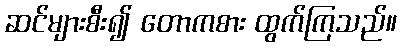
ဆင်များစီး၍ တောကစား ထွက်ကြသည်။